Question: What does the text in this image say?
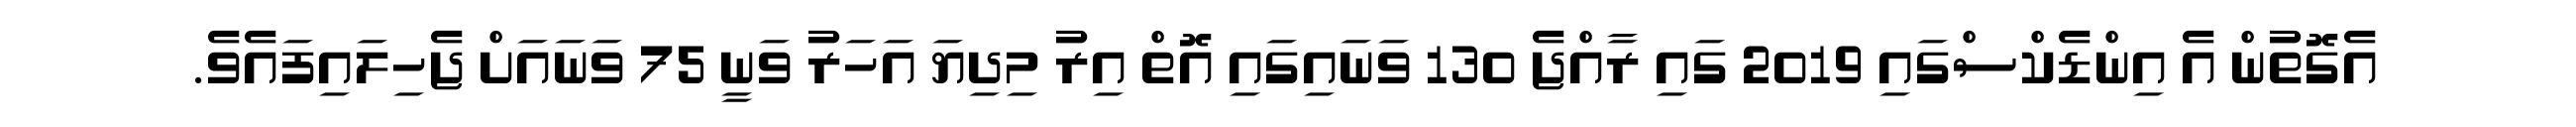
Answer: އެގޮތުން އެ އިންޑެކްސްގައި 2019 ގައި ރާއްޖެ 130 ވަނައިގައި އޮތް އިރު މިދިޔަ އަހަރު ވަނީ 75 ވަނައަށް ޖެހިލައިފައެވެ.